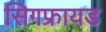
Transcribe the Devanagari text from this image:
सिगफ्रायड